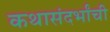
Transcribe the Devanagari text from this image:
कथासंदर्भांची